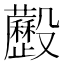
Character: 𣫧